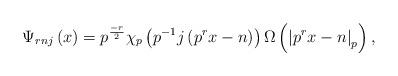
LaTeX: \begin{align*}\Psi_{rnj}\left( x\right) =p^{\frac{-r}{2}}\chi_{p}\left( p^{-1}j\left(p^{r}x-n\right) \right) \Omega\left( \left\vert p^{r}x-n\right\vert_{p}\right) , \end{align*}